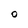
Character: O